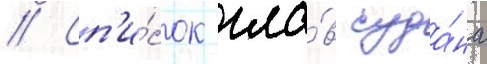
// Сп'и́сок гла́в суда́на